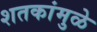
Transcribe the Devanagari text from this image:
शतकांमुळे